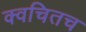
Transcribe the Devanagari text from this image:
क्‍वचितच